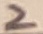
Text: 2